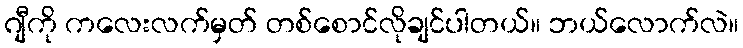
ဂျီကို ကလေးလက်မှတ် တစ်စောင်လိုချင်ပါတယ်။ ဘယ်လောက်လဲ။